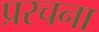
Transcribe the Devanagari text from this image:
प्ररचना